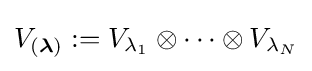
V_{({\boldsymbol {\lambda }})}:=V_{\lambda _{1}}\otimes \cdots \otimes V_{\lambda _{N}}